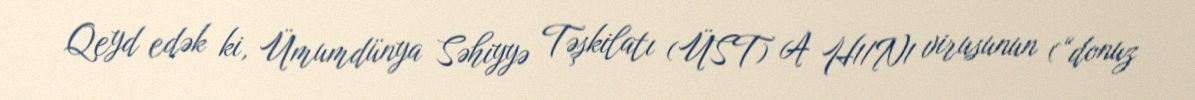
Qeyd edək ki, Ümumdünya Səhiyyə Təşkilatı (ÜST) A H1/N1 virusunun (“donuz